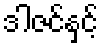
ဒါဇင်နှင့်